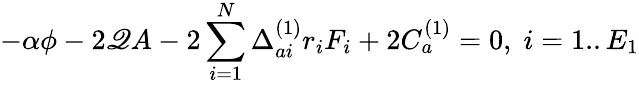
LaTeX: -\alpha\phi-2\mathscr{Q}A-2\sum_{i=1}^{N}\Delta_{ai}^{(1)}r_{i}F_{i}+2C_{a}^{(1)}=0,\; i=1..E_{1}